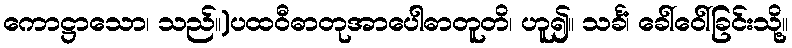
ကောဋ္ဌာသော၊ သည်။)ပထဝီဓာတုအာပေါဓာတူတိ၊ ဟူ၍။ သင်္ခံ၊ ခေါ်ဝေါ်ခြင်းသို့။